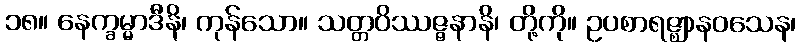
၁၈။ နေက္ခမ္မာဒီနိ၊ ကုန်သော။ သတ္တဝိဿဇ္ဇနာနိ၊ တို့ကို။ ဥပစာရဇ္ဈာနဝသေန၊